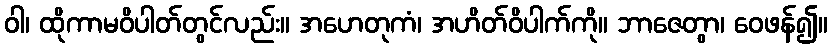
ဝါ၊ ထိုကာမဝိပါတ်တွင်လည်း။ အဟေတုကံ၊ အဟိတ်ဝိပါက်ကို။ ဘာဇေတွာ၊ ဝေဖန်၍။